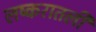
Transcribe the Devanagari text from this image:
लष्करातली